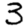
Digit: 3